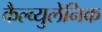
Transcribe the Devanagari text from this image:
कैल्व्युलेनिक